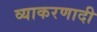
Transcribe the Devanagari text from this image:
व्याकरणादी